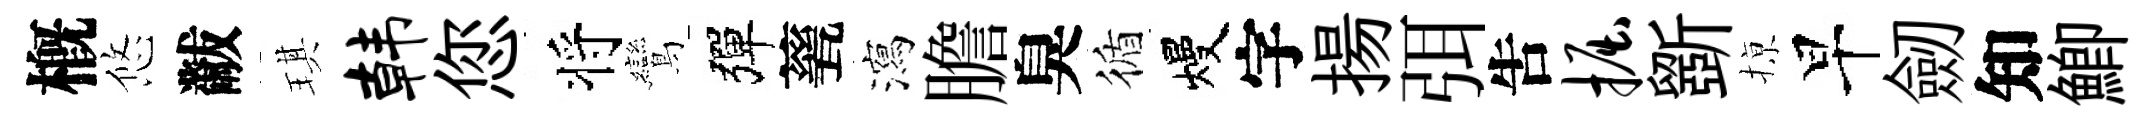
槪悠黻琪韩您将鸞彈甆瀉膽臭循熳字揚弭吿掘斵𢱊早劒知鯽